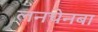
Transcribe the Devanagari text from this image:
लनचेनबा